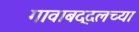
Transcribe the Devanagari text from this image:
गावाबद्दलच्या